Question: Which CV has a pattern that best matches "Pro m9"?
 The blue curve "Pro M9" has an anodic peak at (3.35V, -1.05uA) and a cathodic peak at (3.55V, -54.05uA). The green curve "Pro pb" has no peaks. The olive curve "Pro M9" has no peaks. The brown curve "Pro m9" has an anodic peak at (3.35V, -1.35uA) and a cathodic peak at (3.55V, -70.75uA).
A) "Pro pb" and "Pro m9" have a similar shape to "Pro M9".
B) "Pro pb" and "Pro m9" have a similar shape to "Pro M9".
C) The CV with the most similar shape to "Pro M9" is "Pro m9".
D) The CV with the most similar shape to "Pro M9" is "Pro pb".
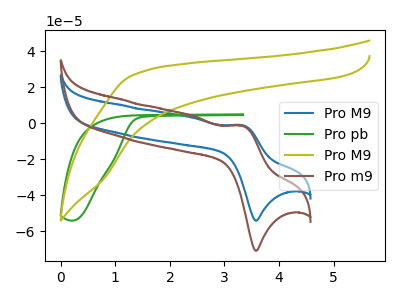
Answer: <think>"Pro M9" and "Pro pb" have a different number of peaks. "Pro M9" and "Pro M9" have a different number of peaks. All the peaks in "Pro M9" have a peak in "Pro m9" at the same potential. Neither "Pro pb" or "Pro M9" have any peaks. "Pro pb" and "Pro m9" have a different number of peaks. "Pro M9" and "Pro m9" have a different number of peaks.
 </think>
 <answer>C) The CV with the most similar shape to "Pro M9" is "Pro m9".</answer>
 <eval>C</eval>